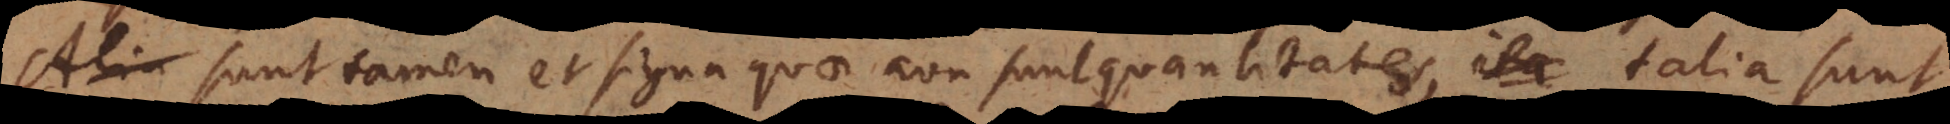
Sunt tamen et signa quae non sunt quantitates, talia sunt